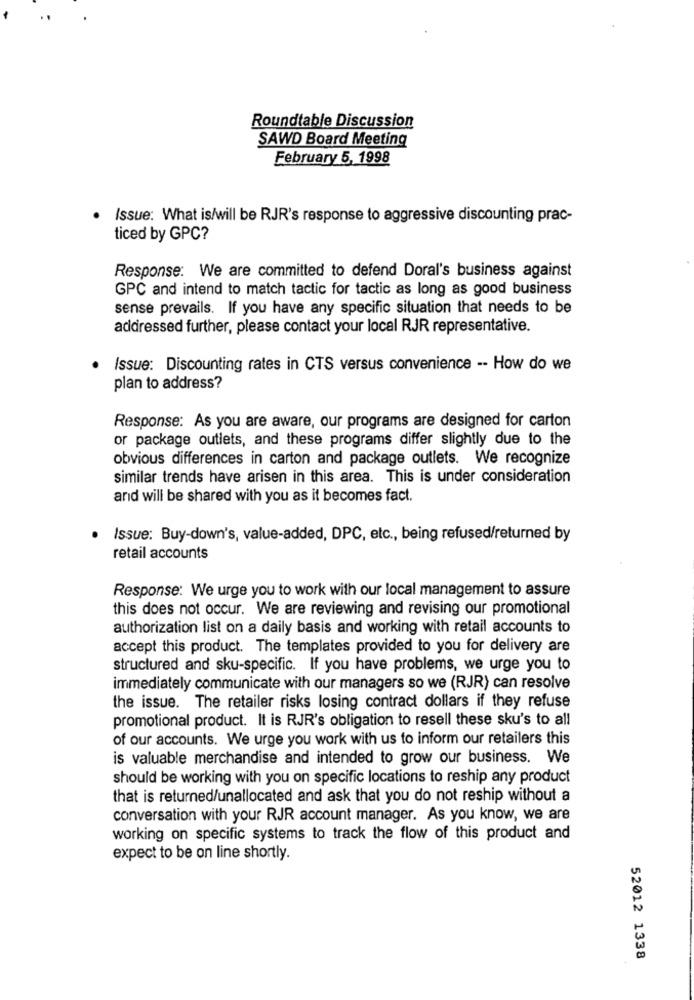
Roundtable Discussion
SAWD Board Meeting
February 5, 1998
Issue: What is/will be RJR's response to aggressive discounting prac-
ticed by GPC?
Response: We are committed to defend Doral's business against
GPC and intend to match tactic for tactic as long as good business
sense prevails. If you have any specific situation that needs to be
addressed further, please contact your local RJR representative.
Issue: Discounting rates in CTS versus convenience -- How do we
plan to address?
Response: As you are aware, our programs are designed for carton
or package outlets, and these programs differ slightly due to the
obvious differences in carton and package outlets. We recognize
similar trends have arisen in this area. This is under consideration
and will be shared with you as it becomes fact.
Issue: Buy-down's, value-added, DPC, etc ., being refused/returned by
retail accounts
Response: We urge you to work with our local management to assure
this does not occur. We are reviewing and revising our promotional
authorization list on a daily basis and working with retail accounts to
accept this product. The templates provided to you for delivery are
structured and sku-specific. If you have problems, we urge you to
immediately communicate with our managers so we (RJR) can resolve
the issue. The retailer risks losing contract dollars if they refuse
promotional product. It is RJR's obligation to resell these sku's to all
of our accounts. We urge you work with us to inform our retailers this
is valuable merchandise and intended to grow our business. We
should be working with you on specific locations to reship any product
that is returned/unallocated and ask that you do not reship without a
conversation with your RJR account manager. As you know, we are
working on specific systems to track the flow of this product and
expect to be on line shortly.
52012 1338